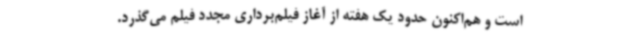
است و هم‌اکنون حدود یک هفته از آغاز فیلم‌برداری مجدد فیلم می‌گذرد.